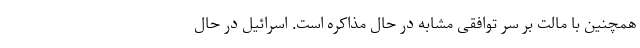
همچنین با مالت بر سر توافقی مشابه در حال مذاکره است. اسرائیل در حال